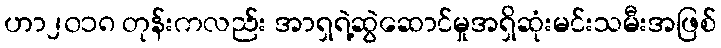
ဟာ၂၀၁၈ တုန်းကလည်း အာရှရဲ့ဆွဲဆောင်မှုအရှိဆုံးမင်းသမီးအဖြစ်